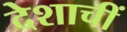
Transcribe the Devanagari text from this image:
देशाचीं